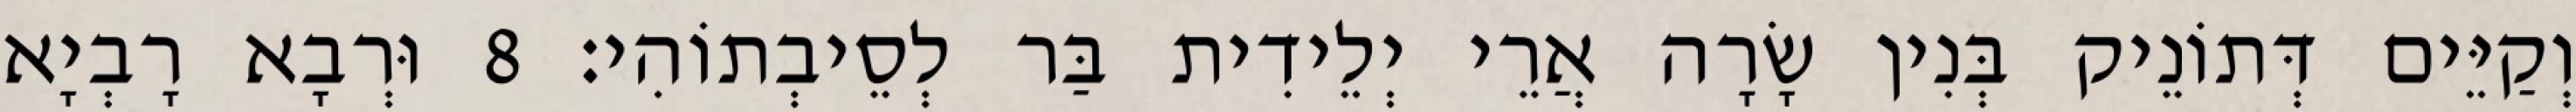
וְקַיֵּים דְּתוֹנֵיק בְּנִין שָׂרָה אֲרֵי יְלֵידִית בַּר לְסֵיבְתוֹהִי׃ 8 וּרְבָא רָבְיָא